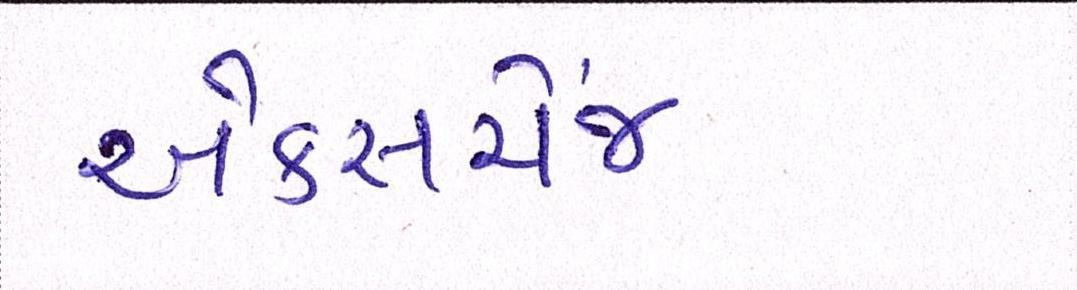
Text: એક્સચેંજ